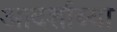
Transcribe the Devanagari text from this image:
आदर्शाच्या